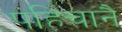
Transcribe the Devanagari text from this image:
पहिचानै